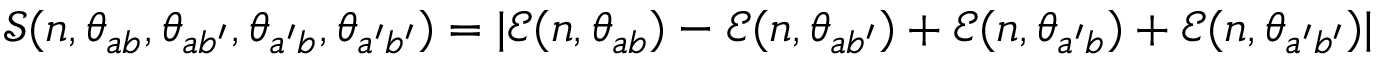
\mathcal { S } ( n , \theta _ { a b } , \theta _ { a b ^ { \prime } } , \theta _ { a ^ { \prime } b } , \theta _ { a ^ { \prime } b ^ { \prime } } ) = | \mathcal { E } ( n , \theta _ { a b } ) - \mathcal { E } ( n , \theta _ { a b ^ { \prime } } ) + \mathcal { E } ( n , \theta _ { a ^ { \prime } b } ) + \mathcal { E } ( n , \theta _ { a ^ { \prime } b ^ { \prime } } ) |